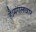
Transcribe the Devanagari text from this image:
है।मंगलवार